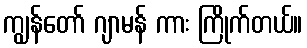
ကျွန်တော် ဂျာမန် ကား ကြိုက်တယ်။